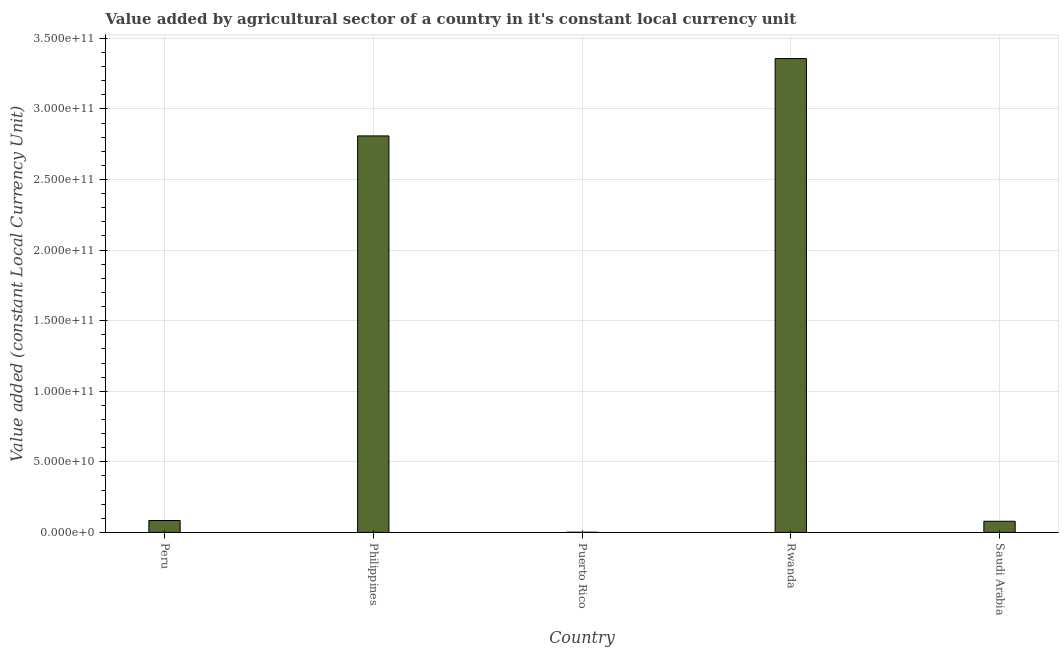
| Country | Agriculture |
 | --- | --- |
 | Peru | 8.44e+09 |
 | Philippines | 2.81e+11 |
 | Puerto Rico | 1.52e+08 |
 | Rwanda | 3.36e+11 |
 | Saudi Arabia | 7.91e+09 |